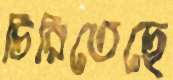
চিরিতেছে